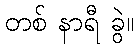
တစ် နာရီ ခွဲ။